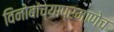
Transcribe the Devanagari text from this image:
विनोबांच्याप्रमाणेच